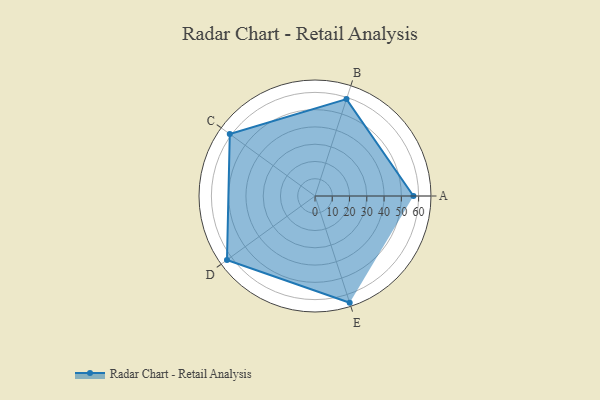
{"axis": {"x": "Skill", "y": "Score"}, "legend": ["Profile"], "data": [{"x": "A", "y": 57.0, "type": "Profile"}, {"x": "B", "y": 59.0, "type": "Profile"}, {"x": "C", "y": 61.0, "type": "Profile"}, {"x": "D", "y": 63.0, "type": "Profile"}, {"x": "E", "y": 65.0, "type": "Profile"}]}